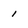
Character: 1